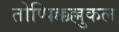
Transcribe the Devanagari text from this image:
तोप्पिक्कल्लुकल